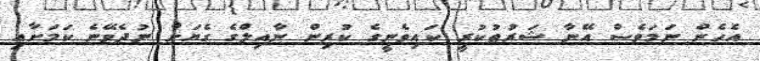
އެހެން ނަމަވެސް އޭނާ ޝަރުޠުކުރީ ކައިވެނީގެ ކުރިން ނާއިލްގެ ގެޔަށް ނުދެވޭނެ ކަމަށާއި